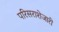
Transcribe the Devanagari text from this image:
परिसराशेजारी